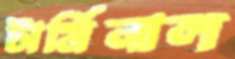
টার্মিনাল